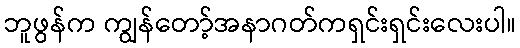
ဘူဖွန်က ကျွန်တော့်အနာဂတ်ကရှင်းရှင်းလေးပါ။